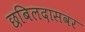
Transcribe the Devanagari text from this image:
छबिलदासवर